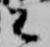
王